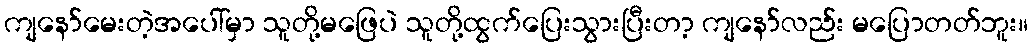
ကျနော်မေးတဲ့အပေါ်မှာ သူတို့မဖြေပဲ သူတို့ထွက်ပြေးသွားပြီးတာ့ ကျနော်လည်း မပြောတတ်ဘူး။